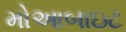
મોઆબાઇટ